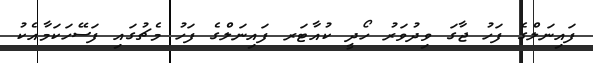
ފައިނަލްގެ ފަހު ޖާގަ ވިދުވަރު ހޯދީ ކުއާޓަރ ފައިނަލްގެ ފަހު މެޗުގައި ފަސޭހަކަމާއެކު